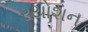
રયોશન